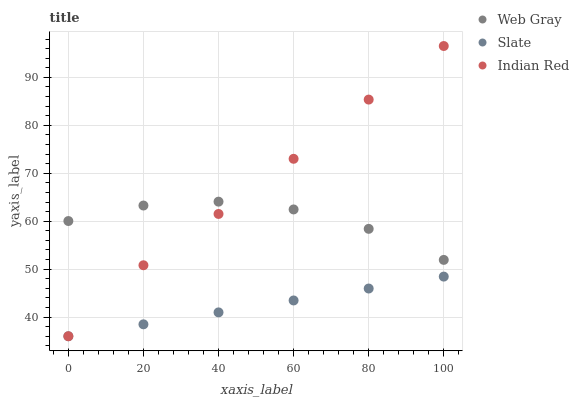
| xaxis_label | Web Gray | Slate | Indian Red |
 | --- | --- | --- | --- |
 | 0 | 60 | 36 | 36 |
 | 20 | 63.3 | 38.5 | 50.8 |
 | 40 | 64.1 | 41 | 61.5 |
 | 60 | 62.5 | 43.5 | 73 |
 | 80 | 58.4 | 46 | 85.4 |
 | 100 | 51.9 | 48.4 | 96.5 |